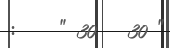
:    " 30   30 "